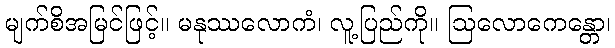
မျက်စိအမြင်ဖြင့်။ မနုဿလောကံ၊ လူ့ပြည်ကို။ ဩလောကေန္တော၊